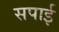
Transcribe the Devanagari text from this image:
सपाई